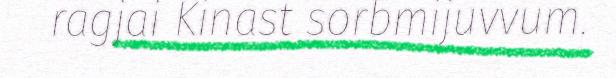
ragjai Kinast sorbmijuvvum.